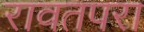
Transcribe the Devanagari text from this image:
रावतपरा